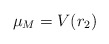
\begin{align*}\mu_M=V(r_2)\end{align*}